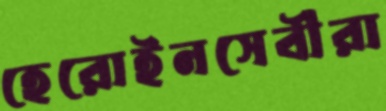
হেরোইনসেবীরা